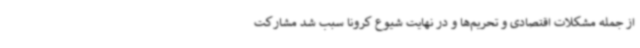
از جمله مشکلات اقتصادی و تحریم‌ها و در نهایت شیوع کرونا سبب شد مشارکت